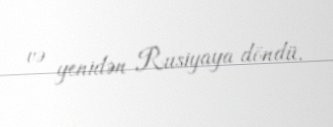
və yenidən Rusiyaya döndü.